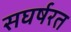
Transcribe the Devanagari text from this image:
सघर्षरत